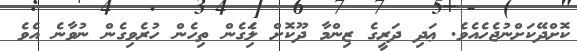
ކޮށްދޭކަށްނުޖެހެއެވެ. ޢަދި ދަރީގެ ޒިންމާ ދޫކޮށް ލަެިގެން ތިހެން ހުރެވިގެން ނުވާނެ އެވެ